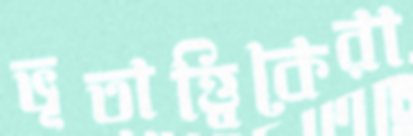
ভূতাত্ত্বিকেরা